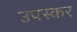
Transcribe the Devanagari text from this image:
उपस्‍कर